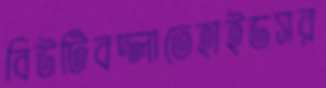
বিউটিবদ্‌লাতেহাইডসর